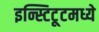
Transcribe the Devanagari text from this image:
इन्स्टिटूटमध्ये